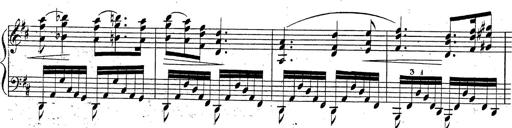
Title: Grande fantaisie sur la tyrolienne de l'opÃ©ra
Composer: Franz Liszt
Key: A major